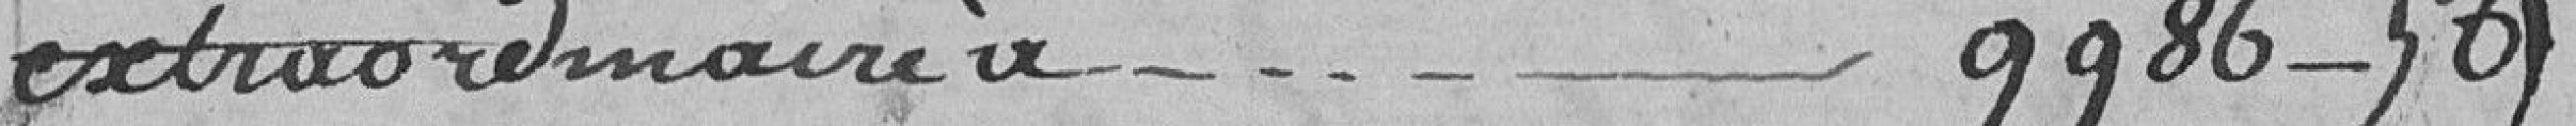
extraordinaire - - - - - 9986-56